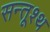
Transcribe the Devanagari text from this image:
सन्तूश्थ